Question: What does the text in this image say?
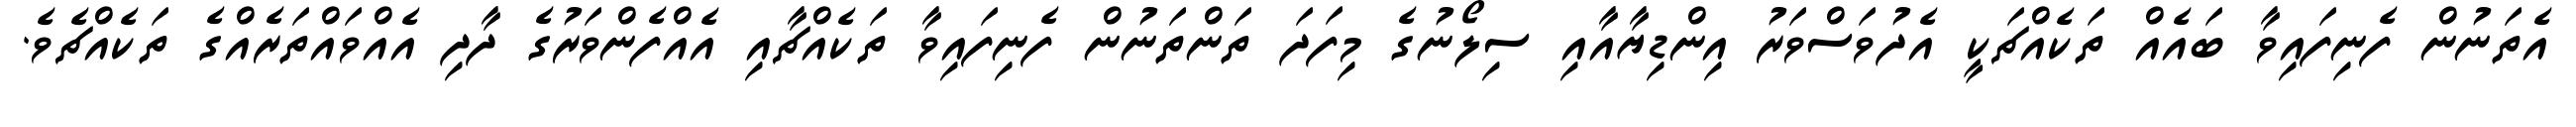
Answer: އެތަނުން ފެނިފައިވާ ބައެއް ތަކެއްޗަކީ އެދުވަސްވަރު އިންޑިޔާއާއި ސިލޯނުގެ މިފަދަ ތަންތަނުން ފެނިފައިވާ ތަކެއްޗާއި އެއްފެންވަރުގެ ދާދި އެއްވައްތަރެއްގެ ތަކެއްޗެވެ.